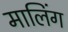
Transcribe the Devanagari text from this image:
मालिंग